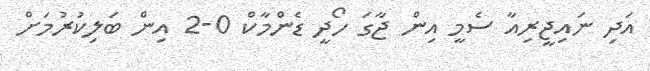
އަދި ނައިޖީރިއާ ސެމީ އިން ޖާގަ ހޯދީ ޑެންމާކް 0-2 އިން ބަލިކުރުމަށް